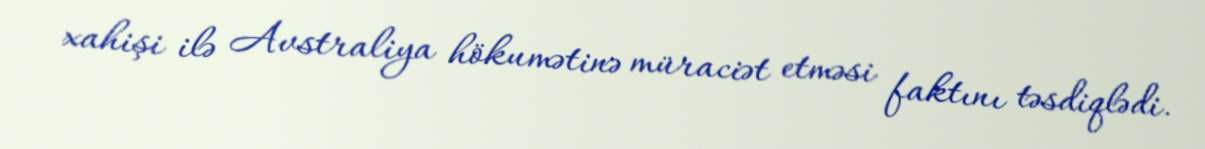
xahişi ilə Avstraliya hökumətinə müraciət etməsi faktını təsdiqlədi.